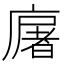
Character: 廜